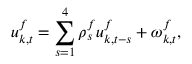
u _ { k , t } ^ { f } = \sum _ { s = 1 } ^ { 4 } \rho _ { s } ^ { f } u _ { k , t - s } ^ { f } + \omega _ { k , t } ^ { f } ,